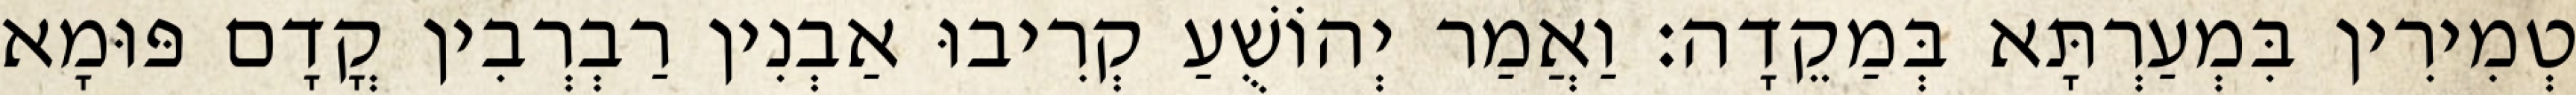
טְמִירִין בִּמְעַרְתָּא בְּמַקֵדָה׃ וַאֲמַר יְהוֹשֻׁעַ קְרִיבוּ אַבְנִין רַבְרְבִין קֳדָם פּוּמָא